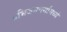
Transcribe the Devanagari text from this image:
अभिजनवर्गामध्ये